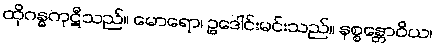
ထိုဂန္ဓကုဋီသည်။ မောရော၊ ဥဒေါင်းမင်းသည်။ နစ္စန္တောဝိယ၊